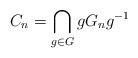
LaTeX: \begin{align*}C_n=\bigcap_{g\in G} gG_ng^{-1}\end{align*}